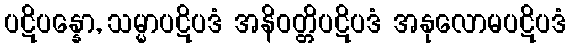
ပဋိပန္နော, သမ္မာပဋိပဒံ အနိဝတ္တိပဋိပဒံ အနုလောမပဋိပဒံ